Vaccination United Provinces of Agra and Oudh 1914-1922 - 1914-1922
Year: 1914
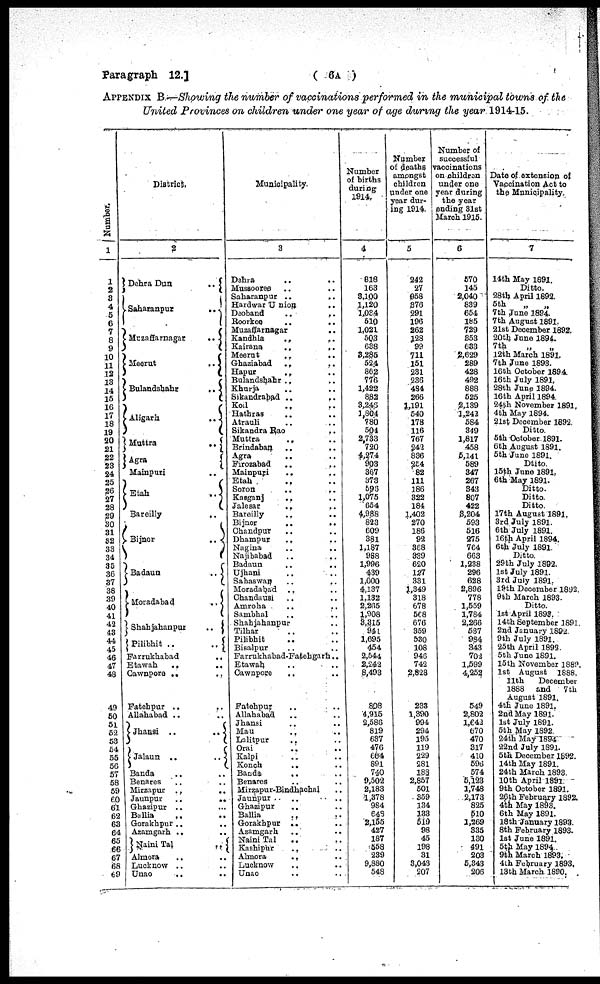
Paragraph 12.]
( 6A )
APPENDIX B.—Showing the number of vaccinations performed in the municipal towns of the
United Provinces on children under one year of age during the year 1914-15.
Number.
1
1
2
3
4
5
6
7
8
9
10
11
12
13
14
15
16
17
18
19
20
21
22
23
24
25
26
27
28
29
30
31
32
33
34
35
36
37
38
39
40
41
42
43
44
45
46
47
48
49
50
51
52
53
54
55
56
57
58
59
60
61
62
63
64
65
66
67
68
69
District.
2
Dehra Dun
..
Saharanpur
..
Muzaffarnagar
..
Meerut
..
Bulandshahr
..
Aligarh
..
Muttra
..
Agra
Mainpuri
Etah
..
Bareilly
..
Bijnor
..
Badaun
..
Moradabad
..
Shahjahanpur
..
Pilibhit ..
..
Farrukhabad
..
Etawah
..
..
Cawnpore ..
Fatehpur ..
Allahabad ..
Jhansi ..
..
Jalaun ..
..
Banda
Benares
Mirzapur ..
..
Jaunpur
..
..
Ghazipur ..
Ballia
..
Gorakhpur ..
..
Azamgarh ..
Naini Tal
..
Almora
Lucknow ..
Unao
..
..
Municipality.
3
Dehra .. ..
Mussooree .. ..
Saharanpur .. ..
Hardwar Union ..
Deoband
..
..
Roorkee
..
..
Muzaffarnagar
.. ..
Kandhla
..
..
Kairana
..
..
Meerut
..
..
Ghaziabad
.. ..
Hapur
.. ..
Bulandshahr .. ..
Khurja .. ..
Sikandrabad .. ..
Koil .. ..
Hathras .. ..
Atrauli .. ..
Sikandra Rao
.. ..
Muttra
.. ..
Brindaban
..
..
Agra .. ..
Firozabad
..
..
Mainpuri
..
..
Etah .. ..
Soron
..
..
Kasganj .. ..
Jalesar .. ..
Bareilly .. ..
Bijnor
..
..
Chandpur .. ..
Dhampur
.. ..
Nagina .. ..
Najibabad .. ..
Badaun
..
..
Ujhani .. ..
Sahaswan
..
..
Moradabad .. ..
Chandausi .. ..
Amroha .. ..
Sambhal .. ..
Shahjahanpur ..
Tilhar .. ..
Pilibhit .. ..
Bisalpur .. ..
Farrukhabad-Fatehgarh ..
Etawah .. ..
Cawnpore .. ..
Fatehpur .. ..
Allahabad .. ..
Jhansi .. ..
Mau .. ..
Lalitpur .. ..
Orai .. ..
Kalpi .. ..
Konch
.. ..
Banda
.. ..
Benares .. ..
Mirzapur-Bindhachal ..
Jaunpur .. ..
Ghazipur .. ..
Ballia .. ..
Gorakhpur .. ..
Azamgarh .. ..
Naini Tal .. ..
Kashipur
.. ..
Almora
.. ..
Lucknow
.. ..
Unao .. ..
Number
of births
during
1914.
4
818
163
3,100
1,120
1,034
510
1,021
5Q3
638
8,285
524
862
776
1,422
882
3,245
1,804
780
504
2,733
720
4,274
903
367
373
693
1,075
654
4,988
823
609
381
1,187
988
1,996
439
1,000
4,137
1,132
2,265
1,908
8,3.15
941
1,695
454
2,544
2,242
8,493
808
4,915
2,586
819
637
476
664
891
740
9,502
2,183
1,378
984
648
2,155
427
187
558
239
9,880
548
Number
of deaths
amongst
children
under one
year dur-
ing 1914.
5
242
27
058
S76
291
196
262
128
99
711
151
231
236
434
266
1,191
540
178
116
767
242
836
254
82
111
186
322
184
1,402
'270
186
92
368
339
620
127
331
1,349
318
678
6C8
676
359
530
108
946
742
2,828
233
1,390
994
294
195
119
229
281
188
2,857
501
359
134
133
519
98
45
198
31
3,043
207
Number of
successful
vaccinations
on children
under one
year during
the year
ending 31st
March 1915.
6
570
145
2,040
839
654
185
729
853
633
2,629
289
428
492
888
525
2,139
1,242
584
349
1,817
458
5,141
589
347
267
343
807
422
8,204
593
516
275
764
663
1,238
296
628
2,896
778
1,559
1,784
2,266
537
984
343
702
1,599
4,252
549
2,802
1,642
670
470
317
410
596
574
5,123
1,748
2,173
825
510
1,269
335
130
491
203
5,343
206
Date of extension of
Vaccination Act to
the Municipality.
7
14th May 1891.
Ditto.
28th April 1892.
5th
„
„
7th June 1894.
7th August 1891.
2lst December 1892.
20th June 1894.
7th
„
„
12th March 1891.
7th June 1893.
16th October 1894.
16th July 1891.
28th June 1894.
16th April 1894.
24th November 1891.
4th May 1894.
21st December 1892.
Ditto.
5th October 1891.
6th August 1891.
5th June 1891.
Ditto
15th June 1891.
6th May 1891.
Ditto.
Ditto.
Ditto.
17th August 1891.
3rd July 1891.
6th July 1891.
16th April 1894.
6th July 1891.
Ditto.
29th July 1892.
1st July 1891.
3rd July 1891.
19th December 1892.
9th March 1893.
Ditto.
1st April 1893.
14th September 1891.
2nd January 1892.
9th July 1891.
25th April 1892.
5th June 1891.
15th November 1889.
1st August 1888.
11th
December
1888 and
7th
August 1891.
4th June 1891.
2nd May 1891.
1st July 1891.
5th May 1892.
24th May 1894
22nd July 1891.
5th December 1892.
14th May 1891.
24th March 1893.
10th April 1891.
9th October 1891.
26th February 1892.
4th May 1893.
6th May 1891.
18th January 1893
8th February 1893.
1st June 1891.
5th May 1894
9th March 1893.
4th February 1893.
13th March 1890.